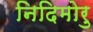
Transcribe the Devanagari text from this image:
निदिमोरु